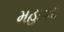
મહાવદ